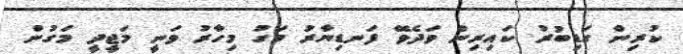
ކުރިން ގަޑިބުރު ކައިރިން ވަދެވޭ ފަނޑިޔާރު މަގު މިހާރު ވަނީ މަޖީދީ މަގުން